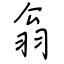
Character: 翁